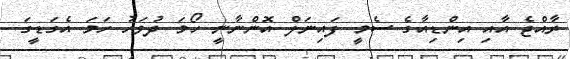
ރާއްޖެ އާއި އިންޑިއާގެ ސެމީ ފައިނަލް އޮންނާނީ ހޯމަ ދުވަހު ހަމަ އެގަޑީގަ